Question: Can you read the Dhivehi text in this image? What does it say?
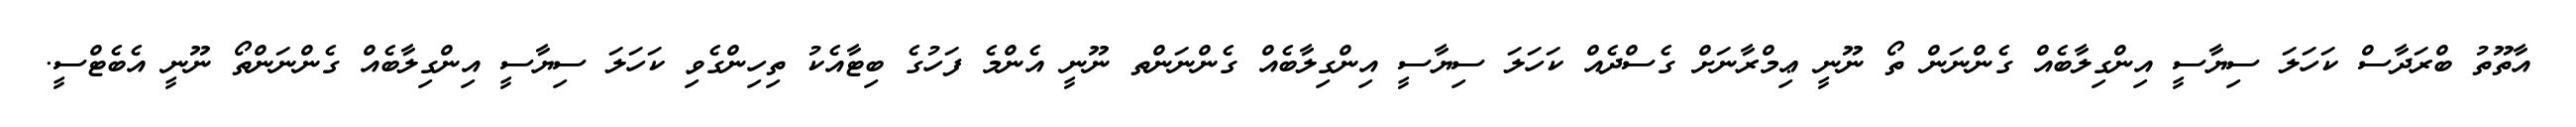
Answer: އާތޫތު ބްރަދާސް ކަހަލަ ސިޔާސީ އިންގިލާބެއް ގެންނަން ތޯ ނޫނީ ޢިމްރާނަށް ގެސްދެއް ކަހަލަ ސިޔާސީ އިންގިލާބެއް ގެންނަންތ ނޫނީ އެންމެ ފަހުގެ ބިޓާއެކު ތިހިންގެވި ކަހަލަ ސިޔާސީ އިންގިލާބެއް ގެންނަންތޯ ނޫނީ އެބެޓްސީ.